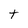
Character: t